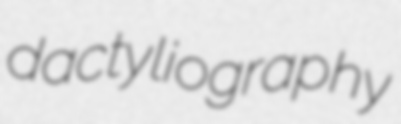
dactyliography